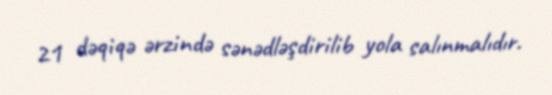
21 dəqiqə ərzində sənədləşdirilib yola salınmalıdır.